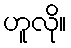
ဟူလို။